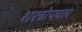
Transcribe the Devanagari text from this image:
शस्त्रोपचार